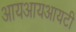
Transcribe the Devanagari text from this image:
आयआयआयटी